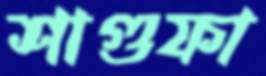
শাগুফা